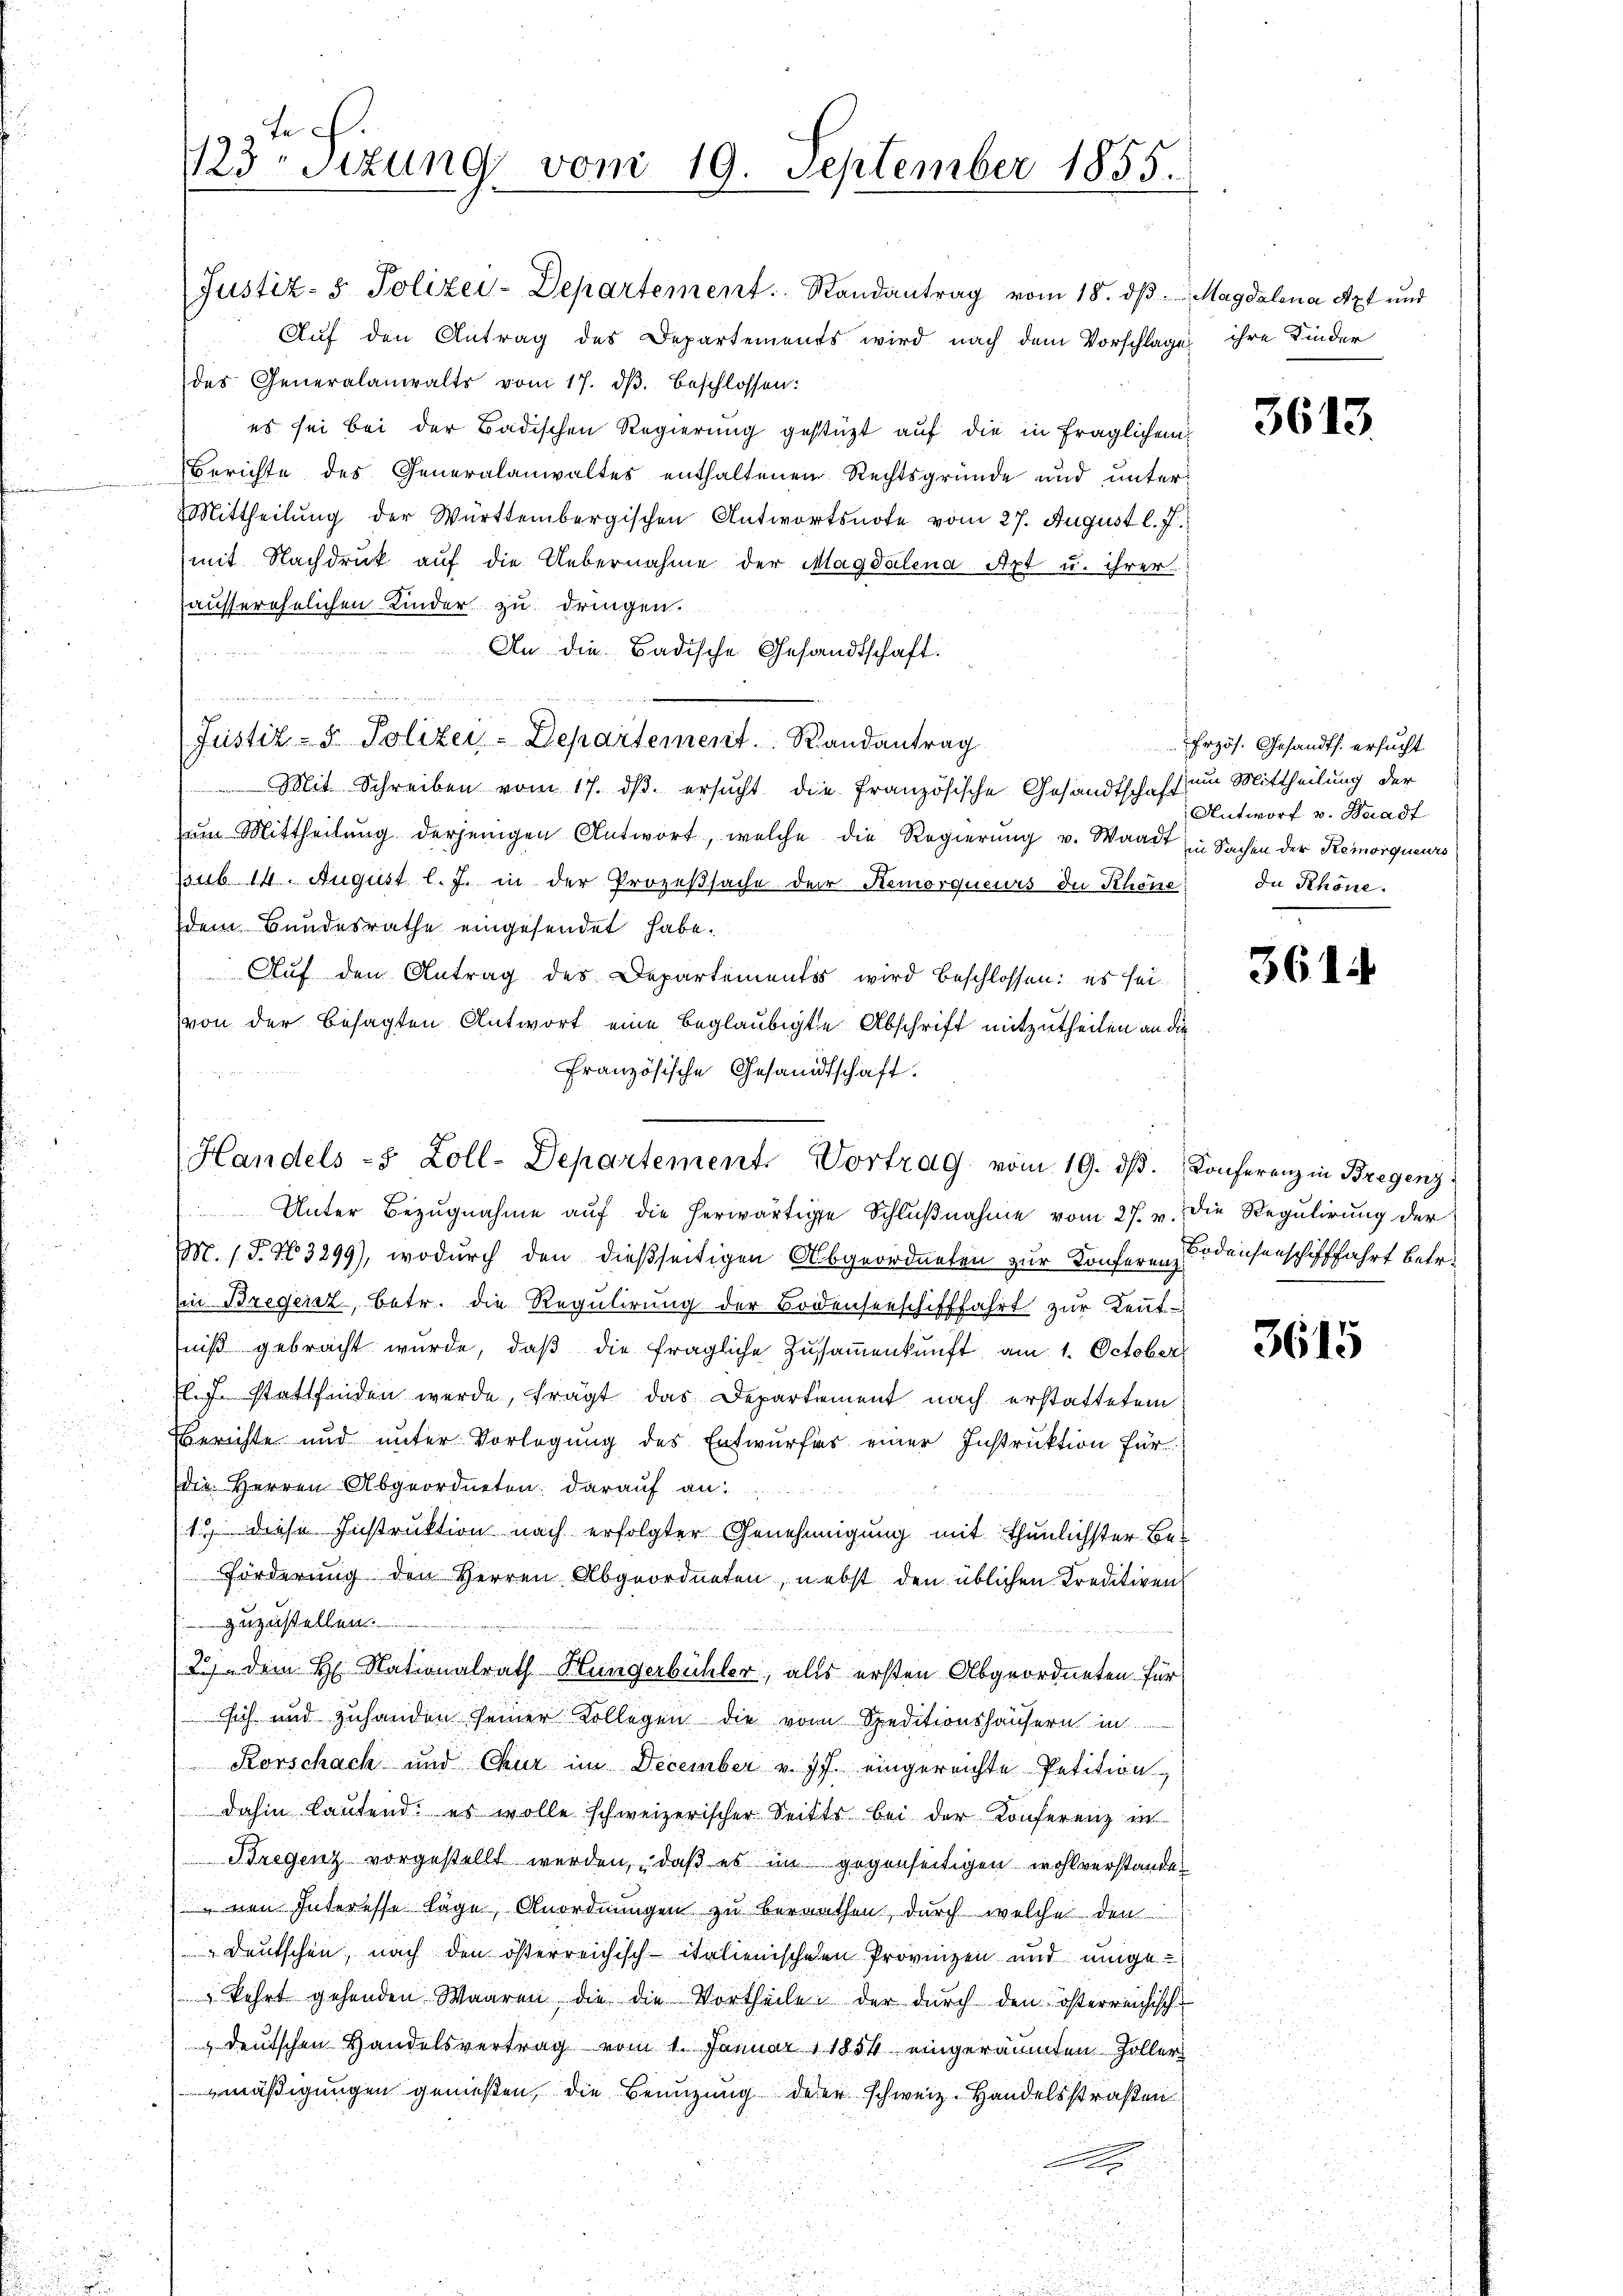
tec.
123sizung vom 19. September 1855.

Justiz- & Polizei-Departement. Randantrag vom 18. dβ. Magdalena Axt und
Auf den Antrag des Departements wird nach dem Vorschlage
des Generalanwalts vom 17. dβ. beschlossen:
es sei bei der Badischen Regierung gestüzt auf die in fraglichen¬
Berichte des Generalanwaltes enthaltenen Rechtsgründe und unter¬
Mittheilung der Württembergischen Antwortsnote vom 27. August l. J.
mit Nachdruck auf die Uebernahme der Magdalena Art u. ihrer
ausserehelichen Kinder zu dringen.
An die Badische Gesandtschaft.

Justiz- & Polizei-Departement. Randantrag
Mit Schreiben vom 17. dβ. ersŭcht die französische Gesandtschaft
am Mittheilung derjenigen Antwort, welche die Regierung v. Waadt in Sachen der Remorqueurs
ssub 14. August l. J. in der Prozeβsache der Remorqueurs in Khöne In Schöne
dem Bundesrathe eingesendet habe.
Auf den Antrag des Departementis wird beschlossen: es seivon der besagten Antwort eine beglaubigte Abschrift mitzutheilen an die
Französische Gesandtschaft.

Handels 8 Zoll-Departement. Vortrag vom 19. dβ. Konferenz in Bregenz

23) dem H. Nationalrath Hungerbühler, alls ersten Abgeordneten für

Unter Bezugnahme auf die herwärtige Schlußnahme vom 27. v. Die Regulirung der
M. 18. No 3299), wodurch den dießseitigen Abgeordneten zur Konferen Bodensenschifffahrt betr.
in Bregenz, betr. die Regulirung der Bodenseeschifffahrt zur Kennt-
tniß gebracht wurde, daß die fragliche Zusammenkunft am 1. October
El. J. stattfinden werde, frägt das Departement nach erstattetem
Berichte und unter Vorlegung des Entwurfes einer Instruktion für
die Herren Abgeordneten darauf an:
13 diese Instruktion nach erfolgter Genehmigung mit thunlichster Be¬
Förderung den Herren Abgeordneten, nebst den üblichen Kreditiven
zuzustellen.
sich und zuhanden seiner Kollegen die von Speditionshäusern in
Rorschach und Chur im December v. Js. eingereichte Petition,
dahin laŭtend: es wolle schweizerischer Seitts bei der Konferenz in
Bregenz vorgestellt werden, daß es im gegenseitigen wohlverstandenen Interesse lage Anordnungen zu berauthen, durch welche den
 Deutschen, nach den österreichisch-italienischen Provinzen und ungekehrt gehenden Waaren die die Vortheile der durch den österreichisch-
 deutschen Handelsvertrag vom 1. Januar 1854 eingeräumten Zoller
mäßigungen genießen, die Benuzung derer schweiz. Handelsstraßen
x

ihre Kinder

3613.

Frzös. Gesandts. ersucht
um Mittheilung der
Antworf v. Waadt

3614

3615